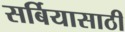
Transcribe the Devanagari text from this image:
सर्बियासाठी